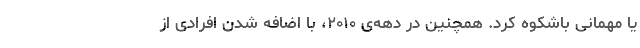
یا مهمانی باشکوه کرد. همچنین در دهه‌ی ۲۰۱۰، با اضافه شدن افرادی از